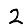
Digit: 2